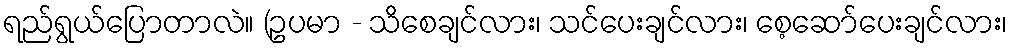
ရည်ရွယ်ပြောတာလဲ။ (ဥပမာ - သိစေချင်လား၊ သင်ပေးချင်လား၊ စေ့ဆော်ပေးချင်လား၊